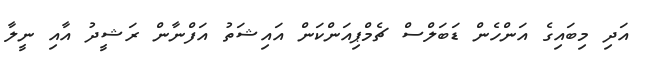
އަދި މިބައިގެ އަންހެން ޑަބަލްސް ޗެމްޕިއަންކަން އައިޝަތު އަފްނާން ރަޝީދު އާއި ނީލާ